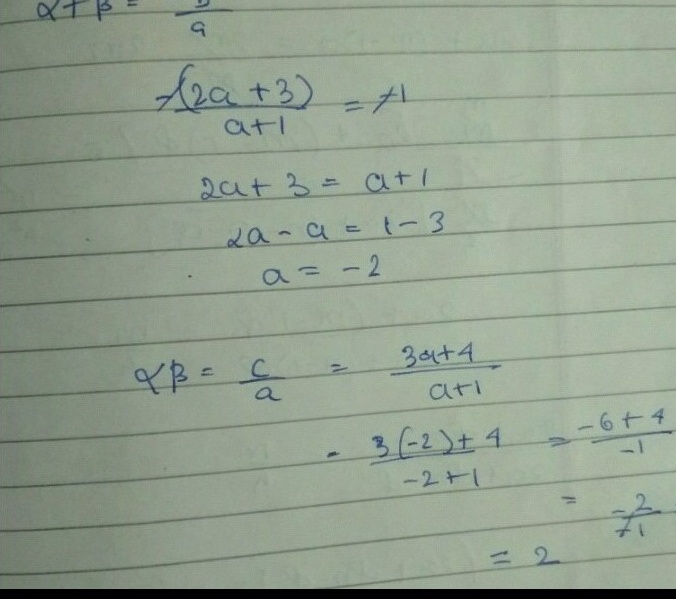
\[
\begin{align*}
\alpha+\beta&=\frac{b}{a}\\
\frac{2a + 3}{a + 1}&= 1\\
2a+3&=a + 1\\
2a - a&=1 - 3\\
a&=- 2\\
\alpha\beta&=\frac{c}{a}=\frac{3a + 4}{a + 1}\\
&=\frac{3(-2)+4}{-2 + 1}=\frac{-6 + 4}{-1}\\
&=\frac{-2}{-1}\\
&=2
\end{align*}
\]